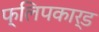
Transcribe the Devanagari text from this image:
फ्लिपकार्ड